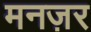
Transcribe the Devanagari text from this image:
मनज़र